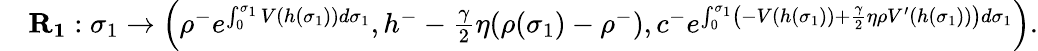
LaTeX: \begin{array}{rl}&{\mathbf{R_{1}}:\sigma_{1}\to\left(\rho^{-}e^{\int_{0}^{\sigma_{1}}V(h(\sigma_{1}))d\sigma_{1}},h^{-}-\frac{\gamma}{2}\eta(\rho(\sigma_{1})-\rho^{-}),c^{-}e^{\int_{0}^{\sigma_{1}}\left(-V(h(\sigma_{1}))+\frac{\gamma}{2}\eta\rho V^{\prime}(h(\sigma_{1}))\right)d\sigma_{1}}\right).}\end{array}